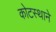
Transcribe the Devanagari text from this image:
कोटस्थाने